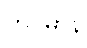
တဝိမာနိ